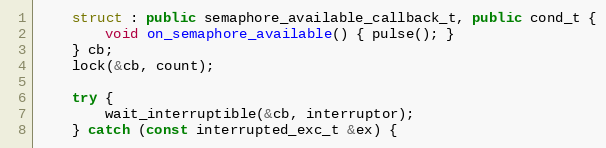
Language: C++
    struct : public semaphore_available_callback_t, public cond_t {
        void on_semaphore_available() { pulse(); }
    } cb;
    lock(&cb, count);

    try {
        wait_interruptible(&cb, interruptor);
    } catch (const interrupted_exc_t &ex) {